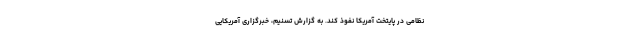
نظامی در پایتخت آمریکا نفوذ کند. به گزارش تسنیم، خبرگزاری آمریکایی